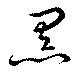
黒